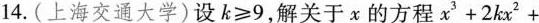
14.(上海交通大学)设$$k\geq 9$$，解关于x的方程$$x^{3}+2kx^{2}+$$